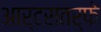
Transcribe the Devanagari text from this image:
आर्टसतर्फे